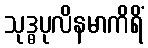
သုဒ္ဓပုလိနမာကိရိံ